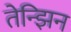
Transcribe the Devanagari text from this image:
तेन्झिन